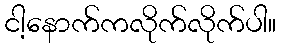
ငါ့နောက်ကလိုက်လိုက်ပါ။